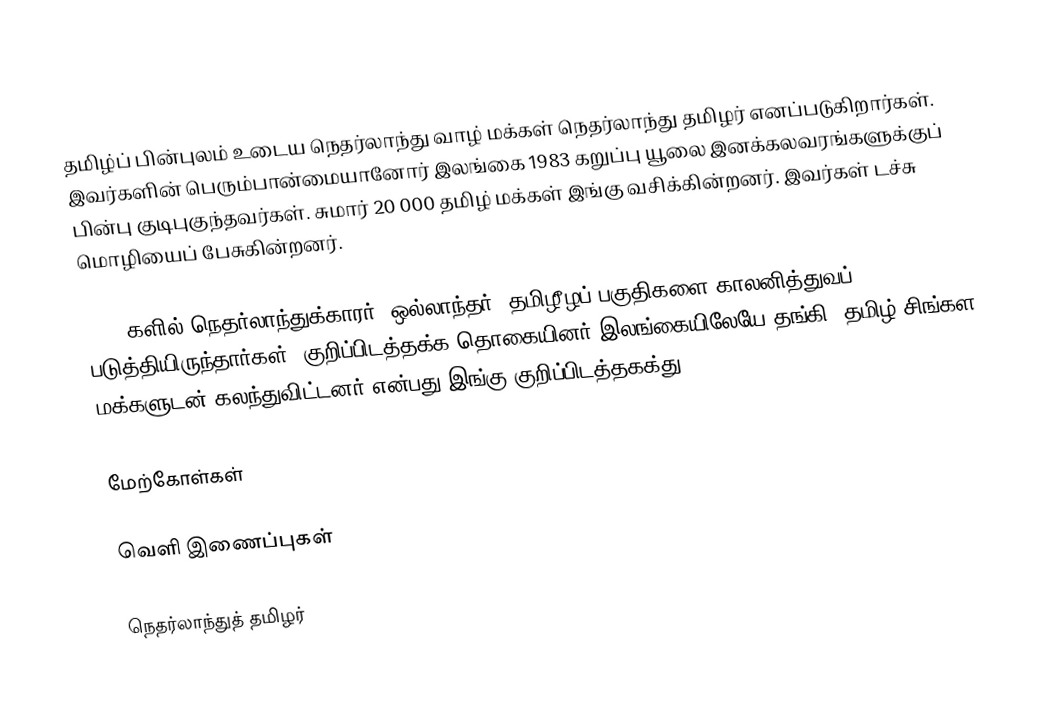
தமிழ்ப் பின்புலம் உடைய நெதர்லாந்து வாழ் மக்கள் நெதர்லாந்து தமிழர் எனப்படுகிறார்கள்.  இவர்களின் பெரும்பான்மையானோர் இலங்கை 1983 கறுப்பு யூலை இனக்கலவரங்களுக்குப் பின்பு குடிபுகுந்தவர்கள்.  சுமார் 20 000 தமிழ் மக்கள் இங்கு வசிக்கின்றனர். இவர்கள் டச்சு மொழியைப் பேசுகின்றனர்.

1600 களில் நெதர்லாந்துக்காரர் (ஒல்லாந்தர்) தமிழீழப் பகுதிகளை காலனித்துவப் படுத்தியிருந்தார்கள். குறிப்பிடத்தக்க தொகையினர் இலங்கையிலேயே தங்கி, தமிழ் சிங்கள மக்களுடன் கலந்துவிட்டனர் என்பது இங்கு குறிப்பிடத்தகக்து.

மேற்கோள்கள்

வெளி இணைப்புகள்

நெதர்லாந்துத் தமிழர்